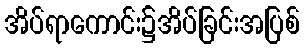
အိပ်ရာကောင်း၌အိပ်ခြင်းအပြစ်